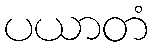
ပယာတံ